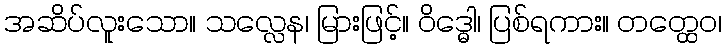
အဆိပ်လူးသော။ သလ္လေန၊ မြားဖြင့်။ ဝိဒ္ဓေါ၊ ပြစ်ရကား။ တတ္ထေဝ၊